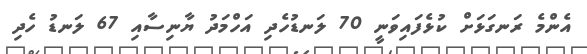
އެންމެ ރަނގަޅަށް ކުޅެފައިވަނީ 70 ލަނޑުހެދި އަހްމަދު ޔާނިސާއި 67 ލަނޑު ހެދި